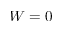
W = 0